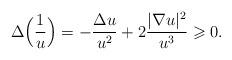
LaTeX: \begin{align*}\Delta\Big( \frac{1}{u} \Big) = - \frac{\Delta u}{u^2} + 2 \frac{|\nabla u|^2}{u^3} \geqslant 0. \end{align*}